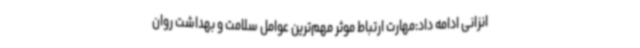
انزانی ادامه داد:مهارت ارتباط موثر مهم‌ترین عوامل سلامت و بهداشت روان